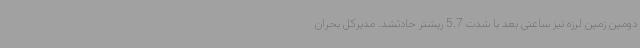
دومین زمین لرزه نیز ساعتی بعد با شدت 5.7 ریشتر حادثشد. مدیرکل بحران